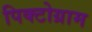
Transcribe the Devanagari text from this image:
पिक्टोग्राम